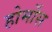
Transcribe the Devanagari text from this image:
होर्मोस